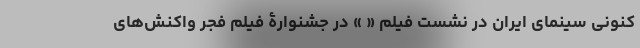
کنونی سینمای ایران در نشست فیلم « » در جشنوارۀ فیلم فجر واکنش‌های